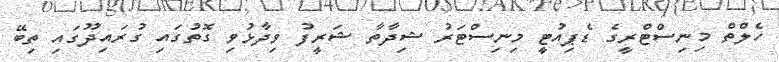
ހެލްތް މިނިސްޓްރީގެ ޑެޕިއުޓީ މިނިސްޓަރު ޝިދާތާ ޝަރީފު ވިދާޅުވި ގޮތުގައި ގުރައިދޫގައި ތިބޭ